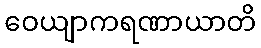
ဝေယျာကရဏာယာတိ